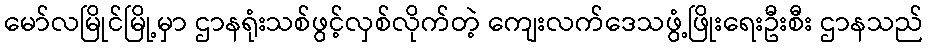
မော်လမြိုင်မြို့မှာ ဌာနရုံးသစ်ဖွင့်လှစ်လိုက်တဲ့ ကျေးလက်ဒေသဖွံ့ဖြိုးရေးဦးစီး ဌာနသည်